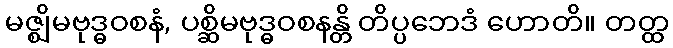
မဇ္ဈိမဗုဒ္ဓဝစနံ, ပစ္ဆိမဗုဒ္ဓဝစနန္တိ တိပ္ပဘေဒံ ဟောတိ။ တတ္ထ